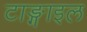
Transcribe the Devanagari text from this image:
टाङ्गाइल